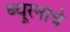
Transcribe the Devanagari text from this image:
ब्यूरनाचे